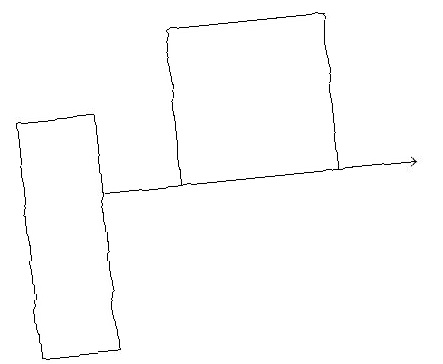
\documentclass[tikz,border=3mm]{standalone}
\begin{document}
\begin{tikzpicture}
\draw[->] (2,12) -- (6,12);
\draw (5,14) rectangle (3,12);
\draw (1,10) rectangle (2,13);
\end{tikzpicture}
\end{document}